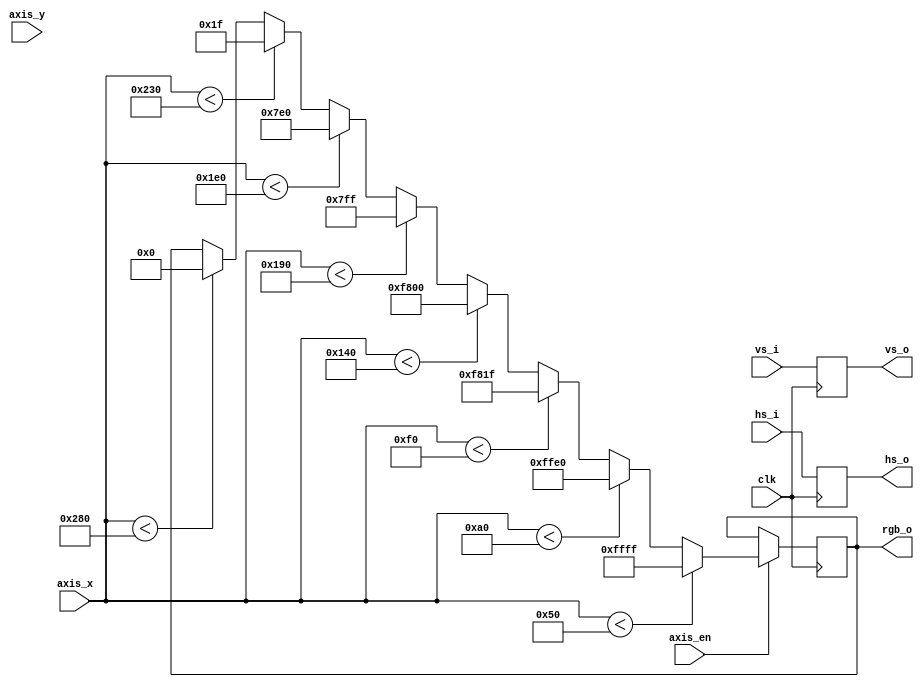
// This program was cloned from: https://github.com/verimake-team/SparkRoad-V
// License: MIT License

`timescale 1ns / 1ps
//////////////////////////////////////////////////////////////////////////////////
// Company: 
// Engineer: 
// 
// Create Date:
// Design Name: 
// Module Name: vga_colorbar
// Project Name: 
// Target Devices: 
// Tool Versions: 
// Description: 
// 
// Dependencies: 
// 
// Revision:
// Revision 0.01 - File Created
// Additional Comments:
// 
//////////////////////////////////////////////////////////////////////////////////

module vga_colorbar
#(
	parameter X = 640,
	parameter Y = 480
)
(
	input	wire		clk,
	
	// vga
	input	wire		hs_i,
	input	wire		vs_i,
	input	wire		axis_en,
	input	wire [10:0]	axis_x,
	input	wire [10:0] axis_y,
	
	// vga
	output	reg			hs_o,
	output	reg			vs_o,
	output	reg [15:0]	rgb_o
);

// 
always@(posedge clk)
begin
	if(axis_en)
	begin
		if(axis_x < X*1/8)
			rgb_o <= {5'b11111,6'b111111,5'b11111};
		else if(axis_x < X*2/8)
			rgb_o <= {5'b11111,6'b111111,5'b00000};
		else if(axis_x < X*3/8)
			rgb_o <= {5'b11111,6'b000000,5'b11111};
		else if(axis_x < X*4/8)
			rgb_o <= {5'b11111,6'b000000,5'b00000};
		else if(axis_x < X*5/8)
			rgb_o <= {5'b00000,6'b111111,5'b11111};
		else if(axis_x < X*6/8)
			rgb_o <= {5'b00000,6'b111111,5'b00000};
		else if(axis_x < X*7/8)
			rgb_o <= {5'b00000,6'b000000,5'b11111};
		else if(axis_x < X*8/8)
			rgb_o <= {5'b00000,6'b000000,5'b00000};
	end
end

always@(posedge clk)
begin
	hs_o <= hs_i;
	vs_o <= vs_i;
end

endmodule